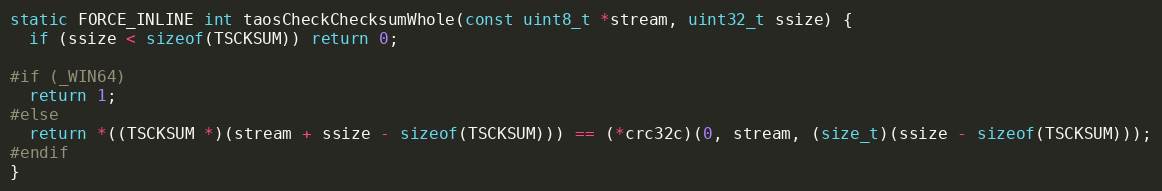
Language: C
static FORCE_INLINE int taosCheckChecksumWhole(const uint8_t *stream, uint32_t ssize) {
  if (ssize < sizeof(TSCKSUM)) return 0;

#if (_WIN64)
  return 1;
#else
  return *((TSCKSUM *)(stream + ssize - sizeof(TSCKSUM))) == (*crc32c)(0, stream, (size_t)(ssize - sizeof(TSCKSUM)));
#endif
}